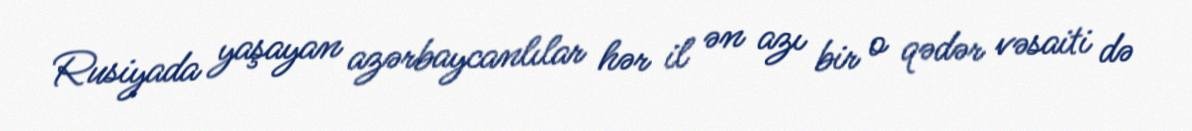
Rusiyada yaşayan azərbaycanlılar hər il ən azı bir o qədər vəsaiti də